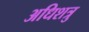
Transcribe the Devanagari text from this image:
अधिशत्रु